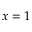
x = 1